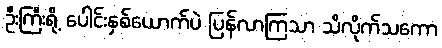
ဦးကြီးရို့ ပေါင်းနှစ်ယောက်ပဲ ပြန်လာကြသာ သိလိုက်သကော